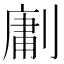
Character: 𭄊